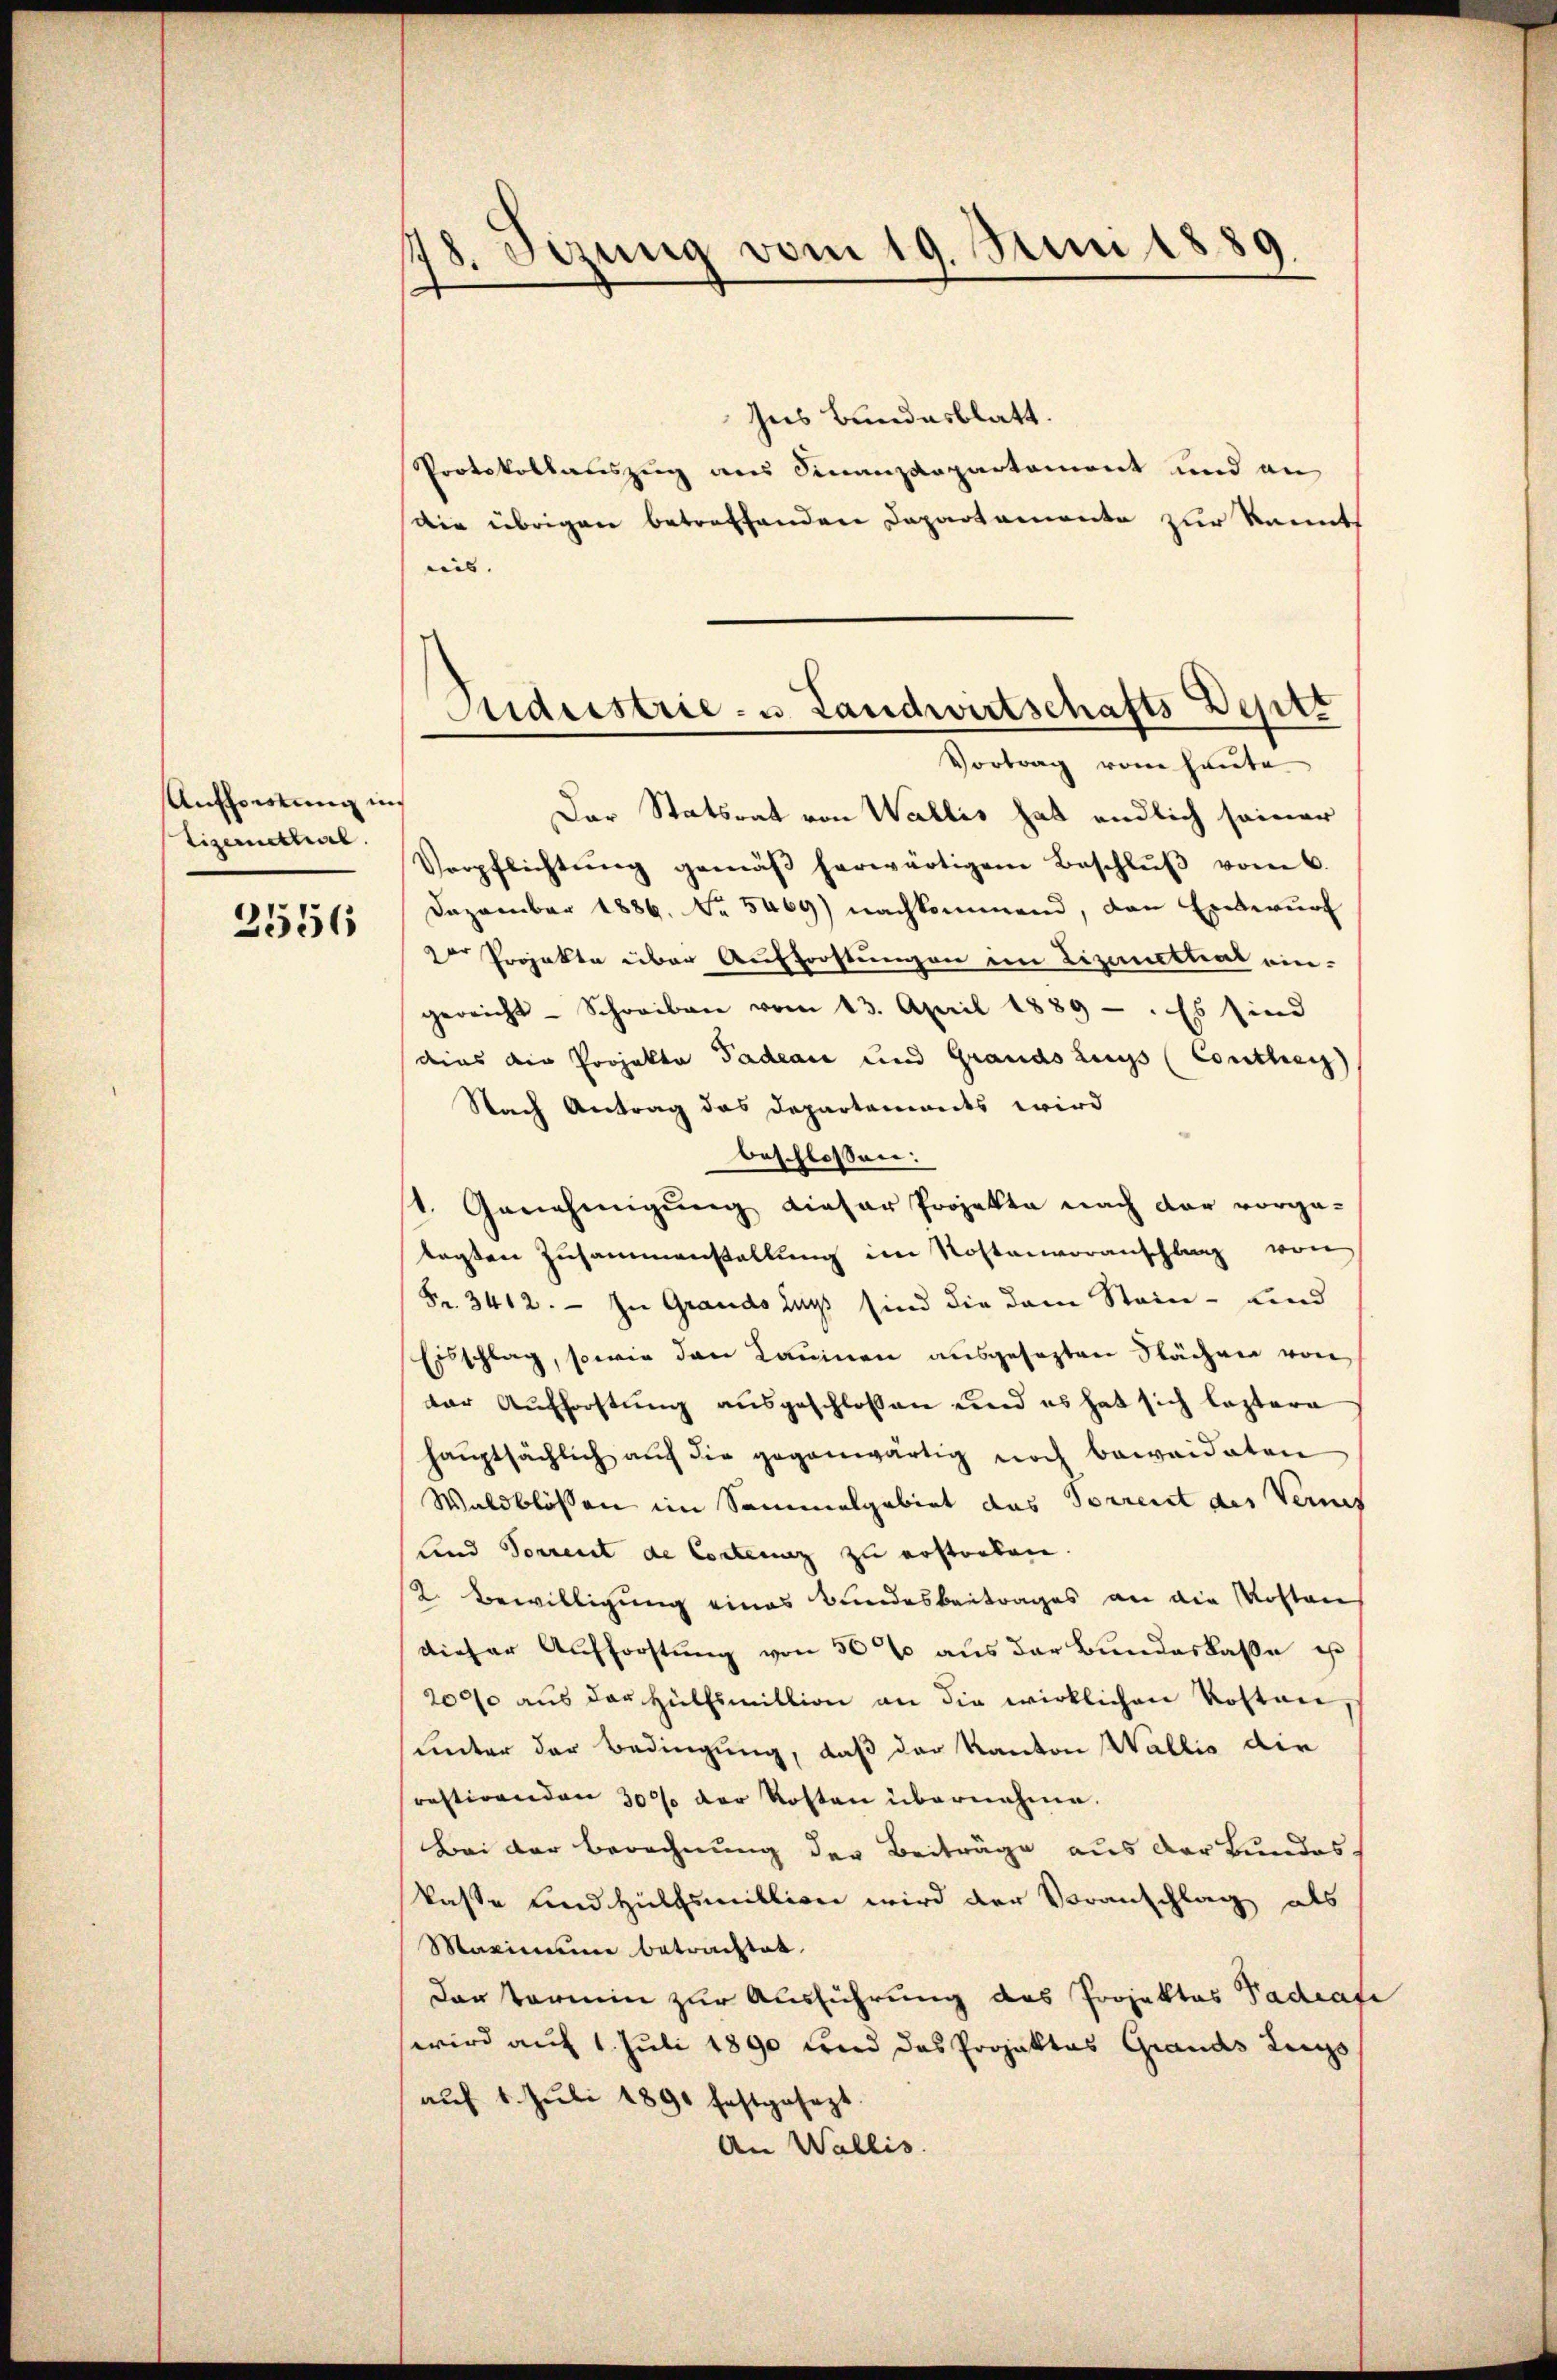
Aufforstung in
tizemettal.

2556

148. Sizung vom 19. Juni 1889.
.

hus Bundesblatt.
Protokollauszug aus Finanzdepartament und an
Die übrigen betreffenden Departemente zur kannt
nis. |
Der Statsrat von Wallis hat endlich seiner
Verpflichtŭng gemäβ herwärtigem Beschlŭβ vom 6.
Dezember 1886. No. 5469) nachkommend, den Entwurf
2er Projekte über Aufforstungen im Lizarethal ein-
gereicht - Schreiben vom 13. April 1889 - : Es sind
dies die Projekte Padeaie und Grands zugs (Conthey
Nach Antrag das Departements wird
beschlossen:
1. Genehmigung dieser Projekte nach dar vorge-
lagten Zusammenstallung im Kostenvoranschlag von
Fr. 3412. — In Grands dass sind die dann Stein - Lind
Eisschlag, sowie den Lauinen ausgesezten Nächen von
der Aufforstung ausgeschlossen und es hat sich leztere
haŭptsächlich auf die gegenwärtig noch beweideten
Waldblossen im Sammelgebiet das Vorrent des Vermes
Land Sorrent de Contenz zu erstorben.
/2. Bewilligung eines Bundesbeitrages an die Kosten
dieser Aufforstung von 56% aus der Bundeskaße ist
20000 aŭs der Hülfsmittion an die wirklichen Kosten,
unter der Bedingung, daß der Kanton Wallis die
restirenden 300 der Kosten übernehme.
Bei der Berechnung der Beiträge aus der Bundeskasse und Hülfsmillion wird der Voranschlag als
Maximum betrachtet.
dar termin zur Ausführung des Projektes Nadiate
wird auf 1. Juli 1890 und das Projektes Grands Zugs
auf 1. Juli 1890 festgesezt
An Wallis.

Audestrie- u. Landwirtschafts Deptz
Vortrag vom heute